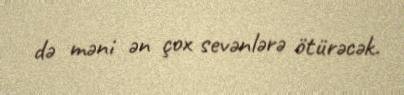
də məni ən çox sevənlərə ötürəcək.